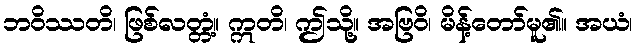
ဘဝိဿတိ၊ ဖြစ်လတ္တံ့။ ဣတိ၊ ဤသို့။ အဗြဝိ၊ မိန့်တော်မူ၏။ အယံ၊